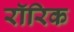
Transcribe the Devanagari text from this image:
रॉरिक